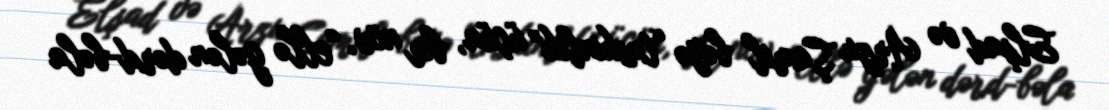
Elşad və Arzu Şamil bəyə “təskinlik” üçün, bir növ, “ellə gələn dərd-bəla